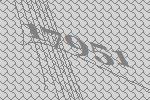
17951